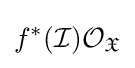
f^{*}({\mathcal {I}}){\mathcal {O}}_{\mathfrak {X}}